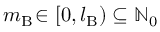
m _ { \mathrm { B } } \! \in [ 0 , l _ { \mathrm { B } } ) \subseteq \mathbb { N } _ { 0 }